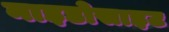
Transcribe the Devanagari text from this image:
नाइडोसाइट